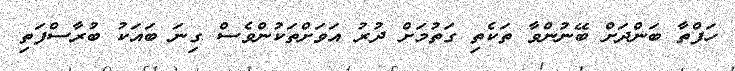
ހަފްތާ ބަންދަށް ބޭނުންވާ ތަކެތި ގަތުމަށް ދުރު އަވަށްތަކުންވެސް ގިނަ ބައަކު ބުރާސްފަތި